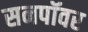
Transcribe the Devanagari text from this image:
सनपॉवर